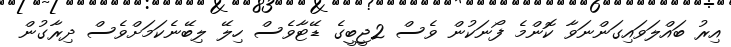
އިރު ބައްލަވައިގަންނަވާ ކޮންމެ ފޯނަކުން ވެސް 2ޖީބީގެ ޑޭޓާވެސް ހިލޭ ލިބޭނެކަމަށްވެސް ދިރާގުން